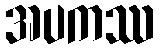
အပကဿ